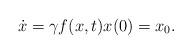
LaTeX: \begin{align*}\dot{x} = \gamma f(x,t)x(0) = x_0.\end{align*}